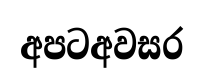
අපටඅවසර